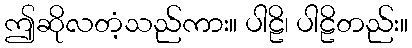
ဤဆိုလတံ့သည်ကား။ ပါဠိ၊ ပါဠိတည်း။